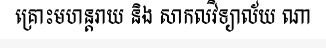
គ្រោះមហន្តរាយ និង សាកលវិទ្យាល័យ ណា